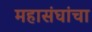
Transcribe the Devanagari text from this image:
महासंघांचा